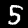
Digit: 5